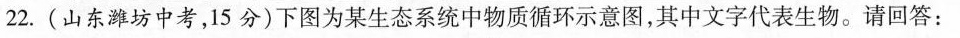
22.(山东潍坊中考，15分)下图为某生态系统中物质循环示意图，其中文字代表生物。请回答：